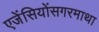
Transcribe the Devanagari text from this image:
एजेंसियोंसगरमाथा